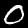
Label: 0